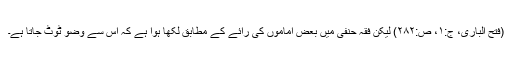
(فتح الباری، ج:۱، ص:۲۸۲) لیکن فقہ حنفی میں بعض اماموں کی رائے کے مطابق لکھا ہوا ہے کہ اس سے وضو ٹوٹ جاتا ہے۔